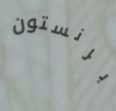
برنستون